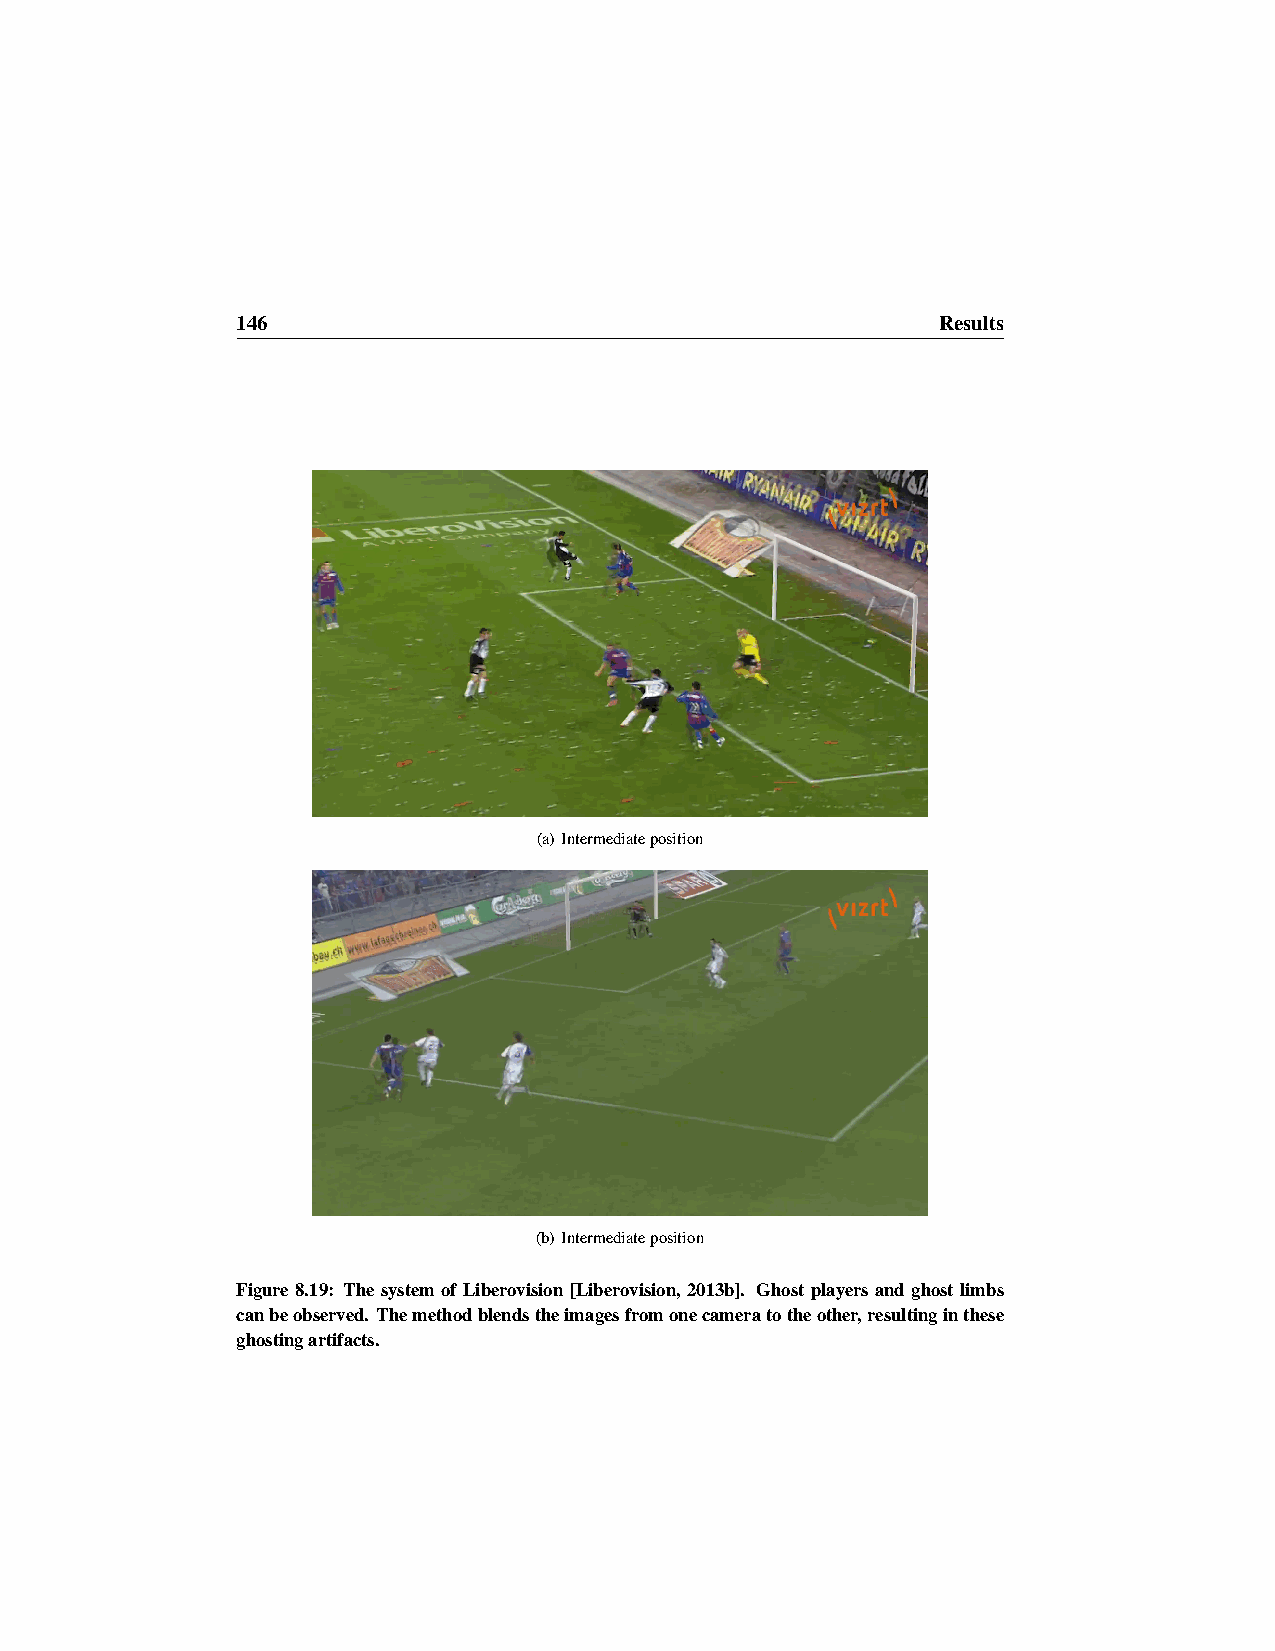
146                                           Results
 (a) Intermediateposition
 (b) Intermediateposition
 Figure 8.19: The system of Liberovision [Liberovision, 2013b]. Ghost players and ghost limbs
 canbeobserved. Themethodblendstheimagesfromonecameratotheother,resultinginthese
 ghostingartifacts.